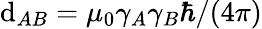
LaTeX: \mathrm{d}_{AB}=\mu_{0}\gamma_{A}\gamma_{B}\hbar/(4\pi)